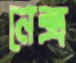
নেক্স